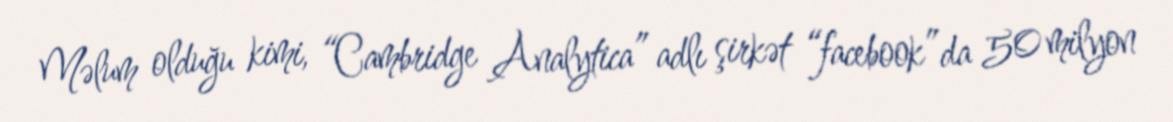
Məlum olduğu kimi, “Cambridge Analytica” adlı şirkət “facebook”da 50 milyon